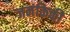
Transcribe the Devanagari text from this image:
जनंकिकी